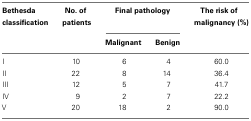
<table><thead><tr><td><b>Bethesda classification</b></td><td><b>No. of patients</b></td><td colspan="2"><b>Final pathology</b></td><td><b>The risk of malignancy (%)</b></td></tr><tr><td></td><td></td><td><b>Malignant</b></td><td><b>Benign</b></td><td></td></tr></thead><tbody><tr><td>I</td><td>10</td><td>6</td><td>4</td><td>60.0</td></tr><tr><td>II</td><td>22</td><td>8</td><td>14</td><td>36.4</td></tr><tr><td>III</td><td>12</td><td>5</td><td>7</td><td>41.7</td></tr><tr><td>IV</td><td>9</td><td>2</td><td>7</td><td>22.2</td></tr><tr><td>V</td><td>20</td><td>18</td><td>2</td><td>90.0</td></tr></tbody></table>